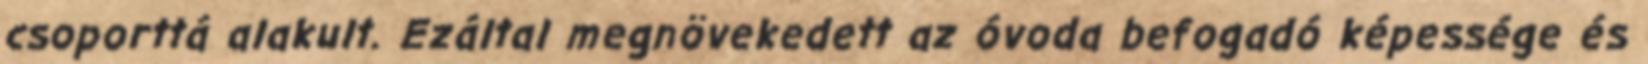
csoporttá alakult. Ezáltal megnövekedett az óvoda befogadó képessége és